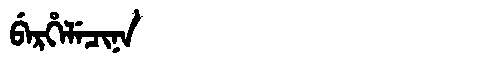
Manchu: ᠪᡝᡵᡥᡝᠯᡝᠴᡳᠨᠠ
Romanization: BERHELECINA